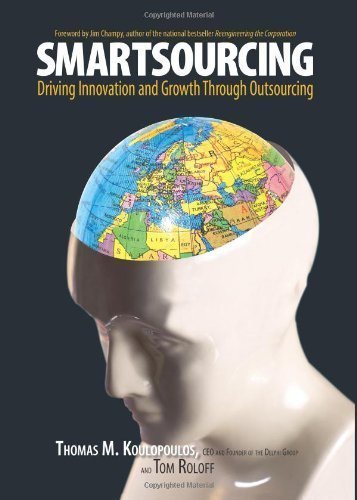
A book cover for Smartsourcing: Driving Innovation and Growth Through Outsourcing unknown Edition by Koulopoulos, Thomas M., Roloff, Tom (2006); Business & Money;